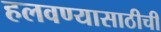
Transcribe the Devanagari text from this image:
हलवण्यासाठीची